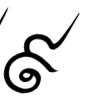
៩